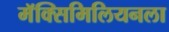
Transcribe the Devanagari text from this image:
मॅक्सिमिलियनला